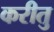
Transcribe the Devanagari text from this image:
करीतु